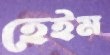
হেইম